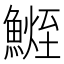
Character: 𩺧